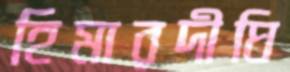
হিমারদীঘি